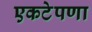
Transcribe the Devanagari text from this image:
एकटेपणा